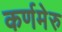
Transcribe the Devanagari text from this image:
कर्णमेरु